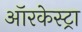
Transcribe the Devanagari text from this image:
ऑरकेस्ट्रा